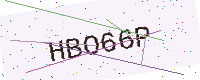
Text: HBO66P